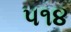
૫૧૪